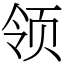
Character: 领